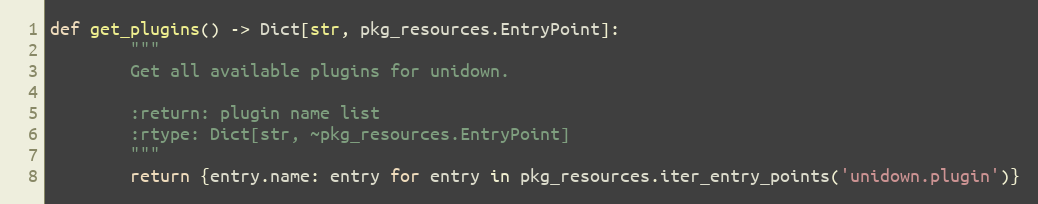
Language: Python
def get_plugins() -> Dict[str, pkg_resources.EntryPoint]:
        """
        Get all available plugins for unidown.

        :return: plugin name list
        :rtype: Dict[str, ~pkg_resources.EntryPoint]
        """
        return {entry.name: entry for entry in pkg_resources.iter_entry_points('unidown.plugin')}